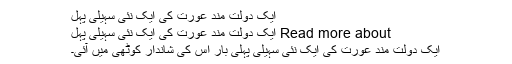
ایک دولت مند عورت کی ایک نئی سہیلی پہل
Read more about ایک دولت مند عورت کی ایک نئی سہیلی پہل
ایک دولت مند عورت کی ایک نئی سہیلی پہلی بار اس کی شاندار کوٹھی میں آئی۔